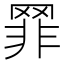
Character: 𦋛